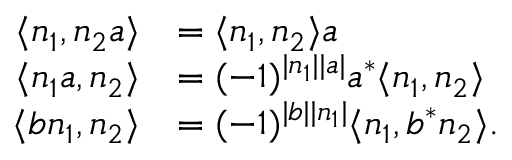
\begin{array} { r l } { \langle n _ { 1 } , n _ { 2 } a \rangle } & { = \langle n _ { 1 } , n _ { 2 } \rangle a } \\ { \langle n _ { 1 } a , n _ { 2 } \rangle } & { = ( - 1 ) ^ { | n _ { 1 } | | a | } a ^ { * } \langle n _ { 1 } , n _ { 2 } \rangle } \\ { \langle b n _ { 1 } , n _ { 2 } \rangle } & { = ( - 1 ) ^ { | b | | n _ { 1 } | } \langle n _ { 1 } , b ^ { * } n _ { 2 } \rangle . } \end{array}